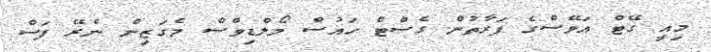
މިއީ ގޭޓް އަވޭސްގެ ފަރާތުން ގެސްޓް ހައުސް މޯލްޑިވްސް މެގަޒިން ނެރޭ ފަސް